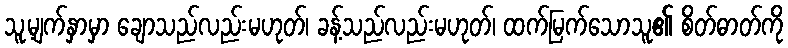
သူ့မျက်နှာမှာ ချောသည်လည်းမဟုတ်၊ ခန့်သည်လည်းမဟုတ်၊ ထက်မြက်သောသူ၏ စိတ်ဓာတ်ကို